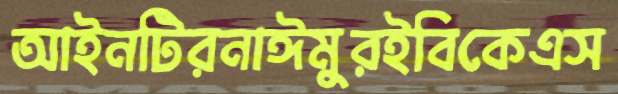
আইনটিরনাঈমুরইবিকেএস